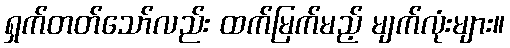
ရှက်တတ်သော်လည်း ထက်မြက်မည့် မျက်လုံးများ။